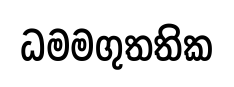
ධමමගුතතික